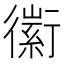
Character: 䘗